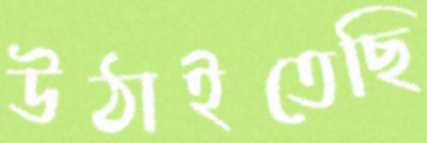
উঠাইতেছি